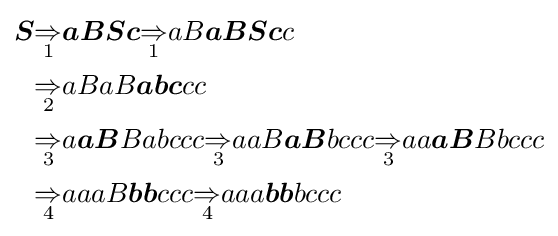
{\begin{aligned}{\boldsymbol {S}}&{\underset {1}{\Rightarrow }}{\boldsymbol {aBSc}}{\underset {1}{\Rightarrow }}aB{\boldsymbol {aBSc}}c\\&{\underset {2}{\Rightarrow }}aBaB{\boldsymbol {abc}}cc\\&{\underset {3}{\Rightarrow }}a{\boldsymbol {aB}}Babccc{\underset {3}{\Rightarrow }}aaB{\boldsymbol {aB}}bccc{\underset {3}{\Rightarrow }}aa{\boldsymbol {aB}}Bbccc\\&{\underset {4}{\Rightarrow }}aaaB{\boldsymbol {bb}}ccc{\underset {4}{\Rightarrow }}aaa{\boldsymbol {bb}}bccc\end{aligned}}